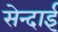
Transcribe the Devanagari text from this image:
सेन्दाई